Vaccination United Provinces of Agra and Oudh 1923-1928 - 1923-1928
Year: 1923
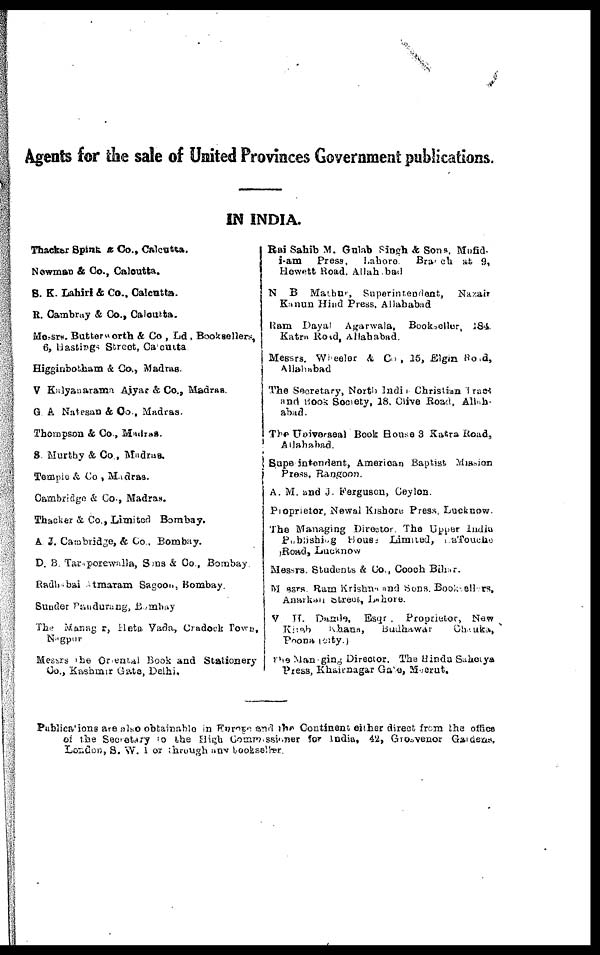
Agents for the sale of United Provinces Government publications.
IN INDIA.
Thacker Spink & Co., Calcutta.
Newman & Co., Calcutta.
S. K. Lahiri & Co., Calcutta.
R. Cambray & Co., Calcutta.
Messrs. Butterworth & Co , Ld , Booksellers,
6, Hastings Street, Calcutta
Higginbotham & Co., Madras.
V Kalyanarama Aiyar & Co., Madras.
G. A Natesan & Co., Madras.
Thempson & Co., Madras.
S. Murthy & Co., Madras.
Temple & Co., Madras.
Cambridge & Co., Madras.
Thacker & Co., Limited Bombay.
A. J. Cambridge, & Co., Bombay.
D. B. Taraporewalla, Sons & Co., Bombay
Radhabai Atmaram Sagoon, Bombay
Sunder Pandurang, Bombay
The Managar, Heta Vada, Cradock Town,
Nagpur
Messrs The Graenal Book and Stationery
Co., Kashmir Gate, Delhi,
Rai Sahib M. Gulab Singh & Sons, Mufid-
i-am
Press,
Lahore.
Branch at 9,
Hewett Road, Allahabad
N B Mathur, Superintendent,
Nazair
Kanun Hind Press, Allahabad
Ram Dayal Agarwala, Bookseller, 184.
Katra Road, Allahabad.
Messrs. Wheeler & Co, 15, Elgin Road,
Allahabad
The Secretary, North India Christian Tract
and Book Society, 18, Clive Road, Allah-
abad.
The Universeal Book House 3 Katra Road,
Allahabad.
Superintendent, American Baptist Mission
Press, Rangoon.
A. M. and J. Ferguson, Ceylon.
Proprietor, Newal Kishore Press, Lucknow.
The Managing Director. The Upper India
Publishing
House Limited, LaTouchs
Road, Lucknow
Messrs. Students & Co., Cooch Bihar.
Messrs. Ram Krishna and Sons. Booksellers,
Anarkali street., Lahore.
V. H. Damle, Esqr , Proprietor, New
Kitab
Khana,
Budhawar
Chauka,
Poona (city.)
The Managing Director. The Hindu Saherya
Press, Khairnagar Gate, Meerut.
Publications are also obtainable in Europe and the Continent either direct from the office
of the Secretary to the High Commissioner for India, 42, Grosvenor Gardens,
London, S. W. 1 or through any bookseller.